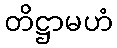
တိဋ္ဌာမဟံ